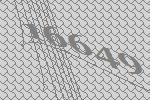
16649